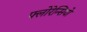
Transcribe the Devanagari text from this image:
फ्लोरेन्सियो